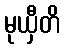
မုယှီတိ